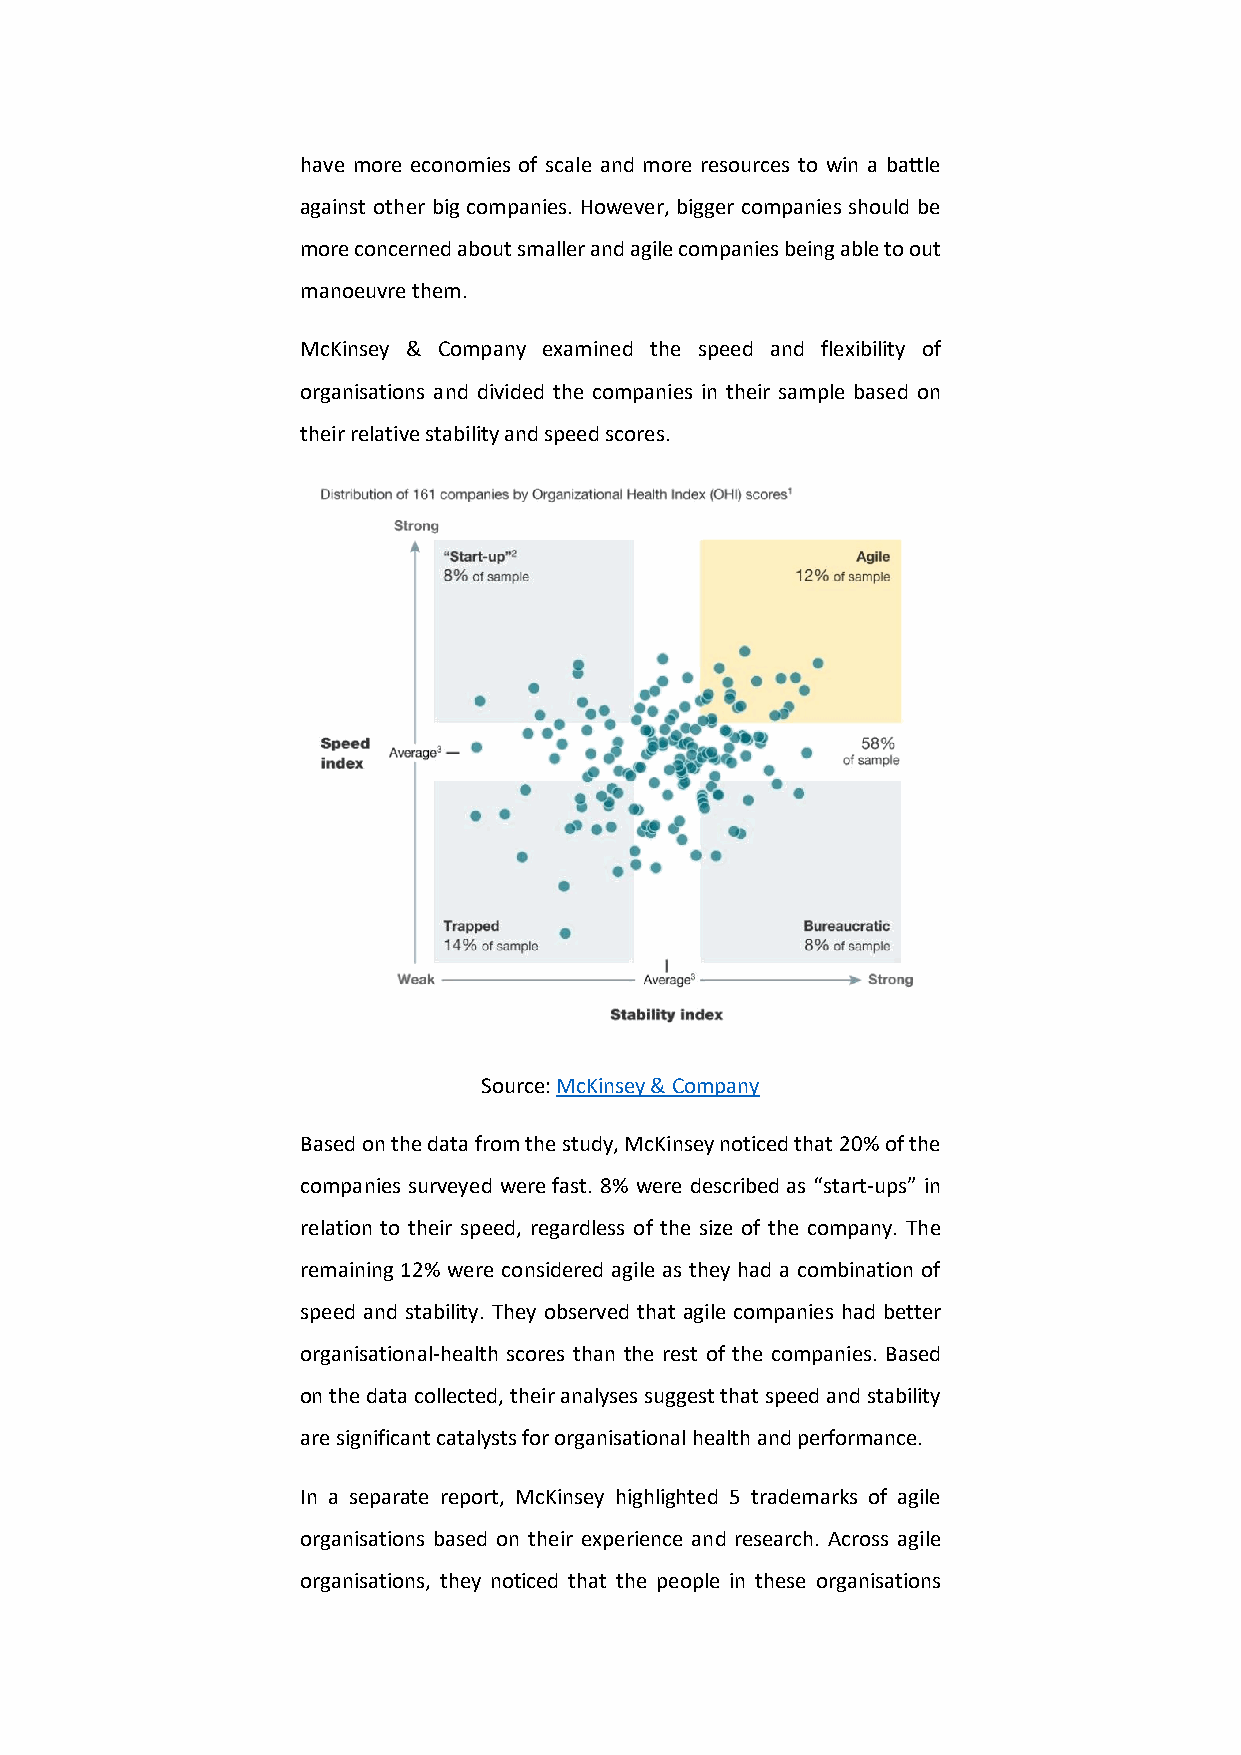
have more economies of scale and more resources to win a battle
 against other big companies. However, bigger companies should be
 more concerned about smaller and agile companies being able to out
 manoeuvre them.
 McKinsey & Company examined the speed and flexibility of
 organisations and divided the companies in their sample based on
 their relative stability and speed scores.
 Source: McKinsey & Company
 Based on the data from the study, McKinsey noticed that 20% of the
 companies surveyed were fast. 8% were described as “start-ups” in
 relation to their speed, regardless of the size of the company. The
 remaining 12% were considered agile as they had a combination of
 םחַ                    לָ
 speed and stability. They observed that agile companies had better
 organisational-health scores than the rest of the companies. Based
 on the data collected, their analyses suggest that speed and stability
 are significant catalysts for organisational health and performance.
 In a separate report, McKinsey highlighted 5 trademarks of agile
 organisations based on their experience and research. Across agile
 organisations, they noticed that the people in these organisations